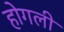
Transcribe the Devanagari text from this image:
होगली